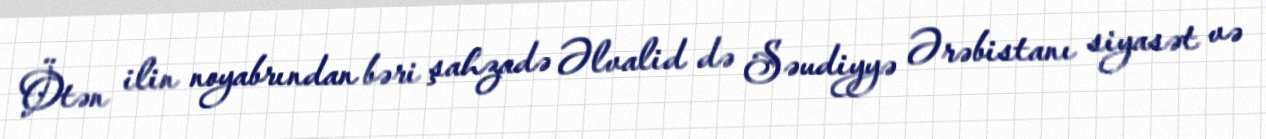
Ötən ilin noyabrından bəri şahzadə Əlvalid də Səudiyyə Ərəbistanı siyasət və